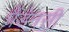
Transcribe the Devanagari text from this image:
पैंडेनसी